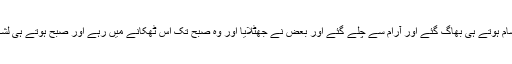
اب اس کی قوم میں سے بعض نے اس کا کہنا مانا اور وہ شام ہوتے ہی بھاگ گئے اور آرام سے چلے گئے اور بعض نے جھٹلایا اور وہ صبح تک اس ٹھکانے میں رہے اور صبح ہوتے ہی لشکر ان پر ٹوٹ پڑا اور ان کو تباہ کیا اور جڑ سے اکھیڑ دیا۔